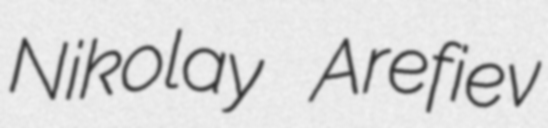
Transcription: Nikolay Arefiev